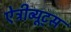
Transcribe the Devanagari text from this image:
ऐट्रीब्यूट्स